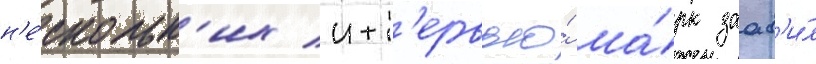
н'е́скольк'их инт'ервью́ ма́рк заав'и́л